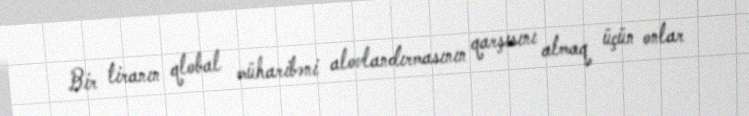
Bir tiranın qlobal müharibəni alovlandırmasının qarşısını almaq üçün onlar